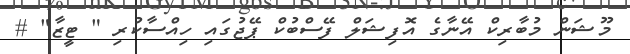
މޫޝަން މުބާރިކް އޭނާގެ އޮފިޝަލް ފޭސްބުކް ޕޭޖުގައި ހިއްސާކުރި " ޓީޒާ" #